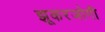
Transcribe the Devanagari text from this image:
झूकरजोगी